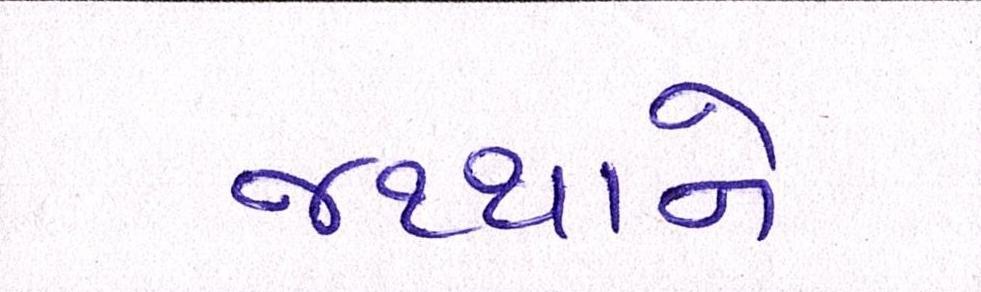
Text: જથ્થાનો